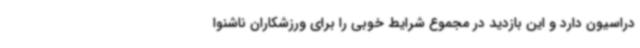
دراسیون دارد و این بازدید در مجموع شرایط خوبی را برای ورزشکاران ناشنوا